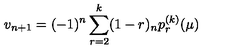
v _ { n + 1 } = ( - 1 ) ^ { n } \sum _ { r = 2 } ^ { k } ( 1 - r ) _ { n } p _ { r } ^ { ( k ) } ( \mu )